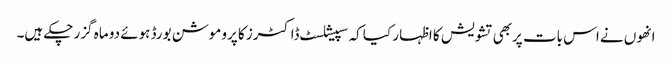
انھوں نے اس بات پربھی تشویش کا اظہار کیا کہ سپیشلسٹ ڈاکٹرز کا پروموشن بورڈ ہوئے دو ماہ گزر چکے ہیں۔